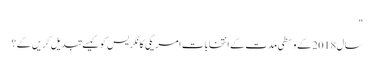
"
سال 2018 کے وسطی مدت کے انتخابات امریکی کانگریس کو کیسے تبدیل کریں گے؟